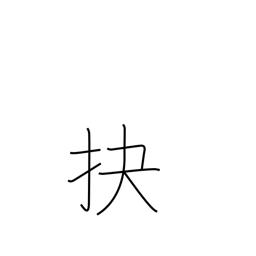
Meaning: pry